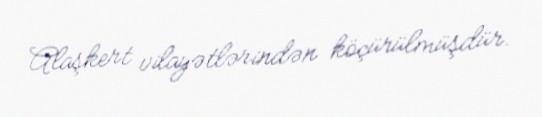
Alaşkert vilayətlərindən köçürülmüşdür.